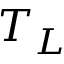
T _ { L }